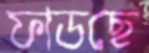
ফাডছে